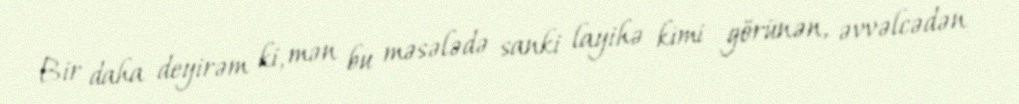
Bir daha deyirəm ki, mən bu məsələdə sanki layihə kimi görünən, əvvəlcədən